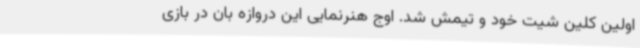
اولین کلین شیت خود و تیمش شد. اوج هنرنمایی این دروازه بان در بازی